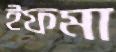
ইফমা